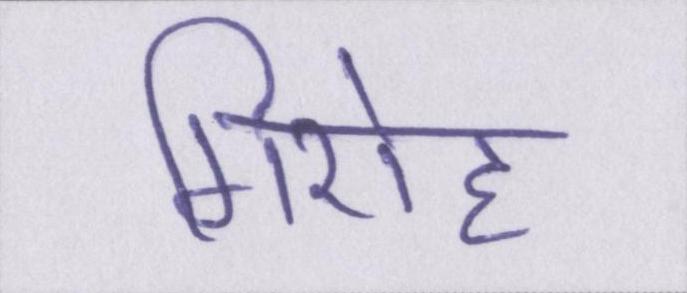
गिरोह